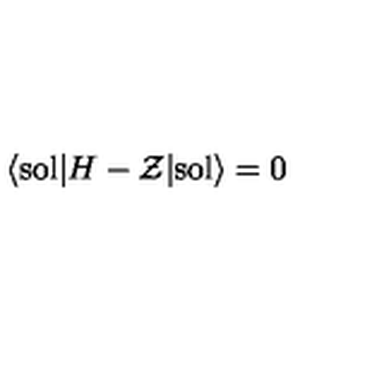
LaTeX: \langle \mathrm { s o l } | H - { \cal Z } | \mathrm { s o l } \rangle = 0